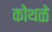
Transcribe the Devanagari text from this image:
कोथळे